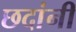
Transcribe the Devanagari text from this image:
छदांनी